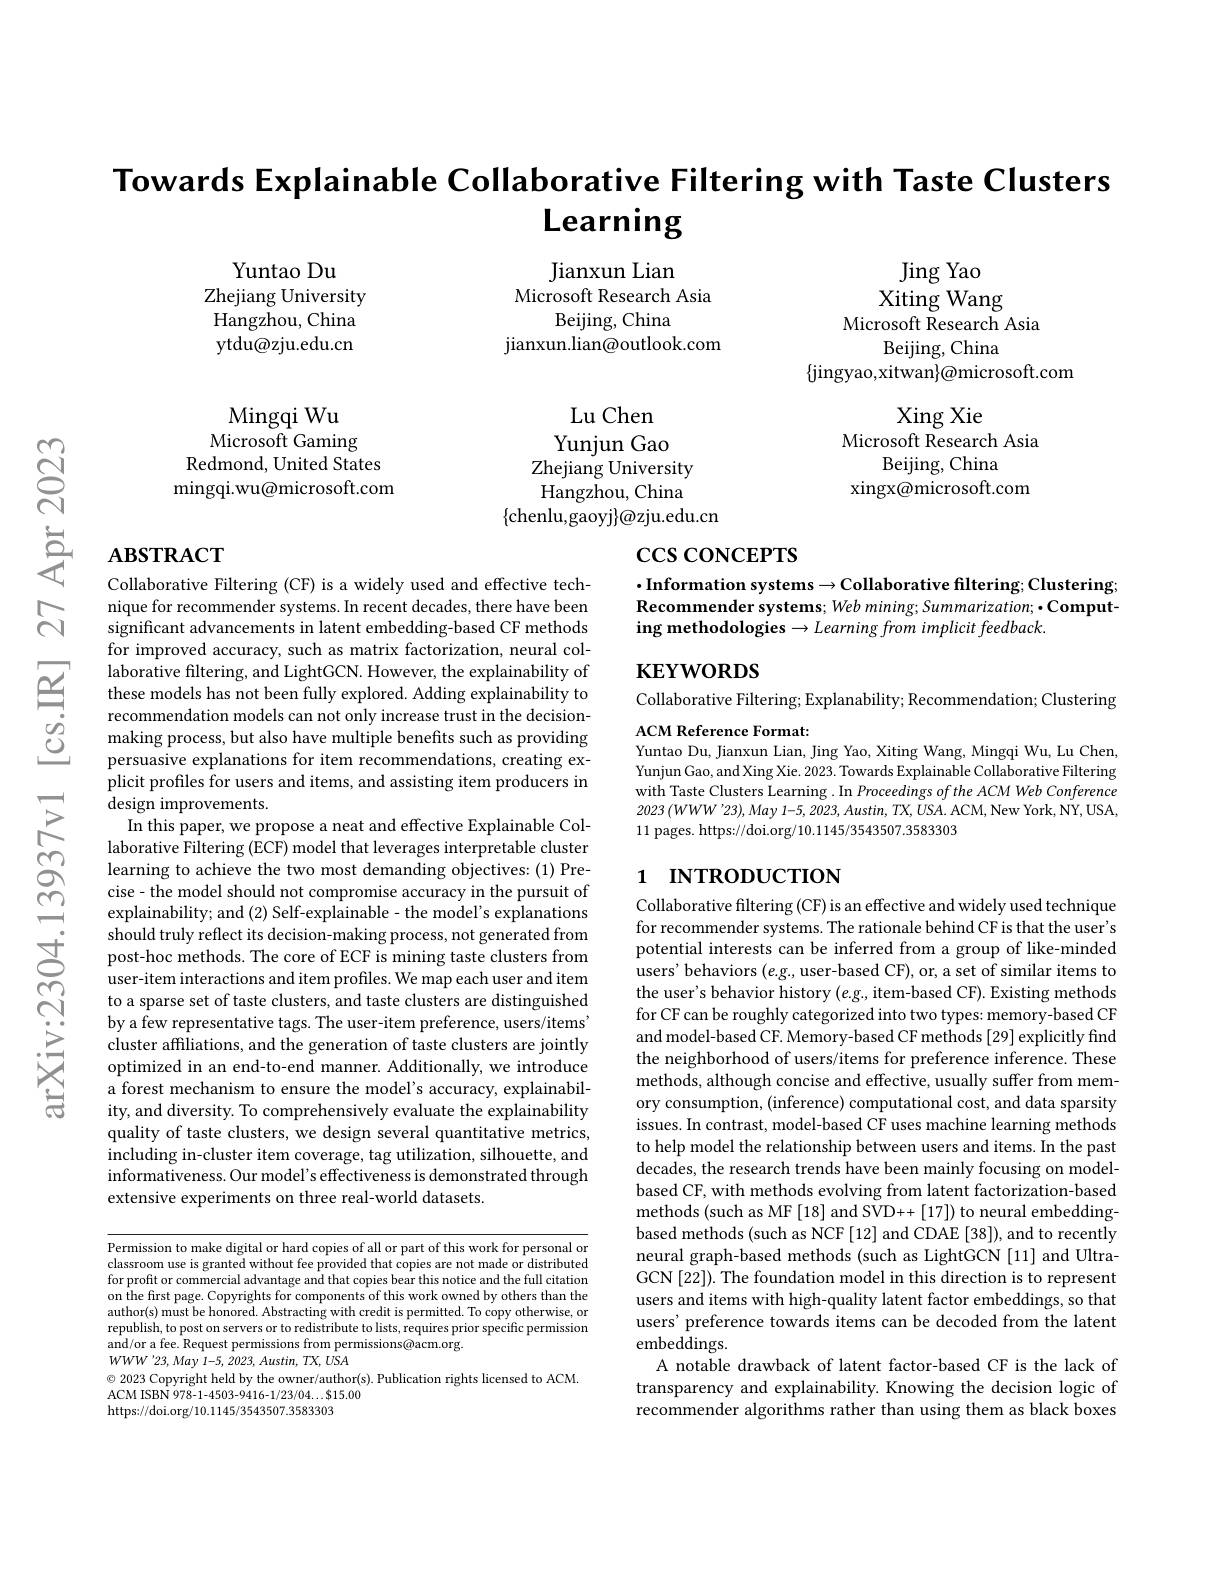
$ଟ୍ରି$

Towards Explainable Collaborative Filtering with Taste Clusters
# Learning

Jianxun Lian
Microsoft Research Asia
Beijing, China
jianxun.lian@outlook.com

Yuntao Du
Zhejiang University Hangzhou, China ytdu@zju.edu.cn

Jing Yao
Xiting Wang
Microsoft Research Asia
Beijing, China
$\{$jingyao,xitwan$\}\textcircled{a}$microsoft.com

Xing Xie
Microsoft Research Asia
Beijing, China
xingx@microsoft.com

Mingqi Wu
Microsoft Gaming
Redmond, United States mingqi.wu@microsoft.com

Lu Chen
Yunjun Gao
Zhejiang University Hangzhou, China
$\{$chenlu,gaoyj$\}@$zju.edu.cn

#

# $\csc\cos$coNCEPTS

$\cdot$Information systems$\to$Collaborative filtering; Clustering; Recommender systems; Web mining; Summarization; • Computing methodologies $\to Learning$ from implicit feedback.

KEYWORDS

Collaborative Filtering; Explanability; Recommendation; Clustering
ACM Reference Format:

Yuntao Du, Jianxun Lian, Jing Yao, Xiting Wang, Mingqi Wu, Lu Chen,

Yunjun Gao, and Xing Xie. 2023. Towards Explainable Collaborative Filtering with Taste Clusters Learning . In Proceedings of the ACM Web Conference $2023\left(WWW"23\right),May$ 1-5, 2023, Austin, TX, USA. ACM, New York, NY, USA, 11 pages. https://doi.org/10.1145/3543507.3583303

# 1 INTRODUCTION

Collaborative Filtering (CF) is a widely used and effective technique for recommender systems. In recent decades, there have been $\dot{\text{significant advancements in latent embedding-based CF methods}}$ for improved accuracy, such as matrix factorization, neural col- $\hat{\text{laborative filtering, and LightGCN. However, the explainability of}}$ these models has not been fully explored. Adding explainability to recommendation models can not only increase trust in the decisionmaking process, but also have multiple benefits such as providing persuasive explanations for item recommendations, creating explicit profiles for users and items, and assisting item producers in design improvements.
In this paper, we propose a neat and effective Explainable Collaborative Filtering (ECF) model that leverages interpretable cluster learning to achieve the two most demanding objectives: (1) Precise- the model should not compromise accuracy in the pursuit of explainability; and (2) Self-explainable- the model's explanations should truly reflect its decision-making process, not generated from post-hoc methods. The core of ECF is mining taste clusters from user-item interactions and item profiles. We map each user and item to a sparse set of taste clusters, and taste clusters are distinguished by a few representative tags. The user-item preference, users/items' cluster affiliations, and the generation of taste clusters are jointly optimized in an end-to-end manner. Additionally, we introduce a forest mechanism to ensure the model's accuracy, explainability, and diversity. To comprehensively evaluate the explainability quality of taste clusters, we design several quantitative metrics, including in-cluster item coverage, tag utilization, silhouette, and informativeness. Our model's effectiveness is demonstrated through extensive experiments on three real-world datasets.

Collaborative filtering (CF) is an effective and widely used technique for recommender systems. The rationale behind CF is that the user's potential interests can be inferred from a group of like-minded users' behaviors $(e.g.$, user-based CF), or, a set of similar items to the user's behavior history $(e.g.$, item-based CF). Existing methods for CF can be roughly categorized into two types: memory-based CF and model-based CF. Memory-based CF methods [29] explicitly find the neighborhood of users/items for preference inference. These methods, although concise and effective, usually suffer from memory consumption, (inference) computational cost, and data sparsity issues. In contrast, model-based CF uses machine learning methods to help model the relationship between users and items. In the past decades, the research trends have been mainly focusing on modelbased CF, with methods evolving from latent factorization-based methods (such as MF[18] and SVD++[17]) to neural embeddingbased methods (such as NCF [12] and CDAE [38]), and to recently neural graph-based methods (such as LightGCN [11] and UltraGCN[22]). The foundation model in this direction is to represent users and items with high-quality latent factor embeddings, so that users' preference towards items can be decoded from the latent embeddings.
A notable drawback of latent factor-based CF is the lack of transparency and explainability. Knowing the decision logic of recommender algorithms rather than using them as black boxes

Permission to make digital or hard copies of all or part of this work for personal or classroom use is granted without fee provided that copies are not made or distributed for profit or commercial advantage and that copies bear this notice and the full citation on the first page. Copyrights for components of this work owned by others than the author(s) must be honored. Abstracting with credit is permitted. To copy otherwise, or republish, to post on servers or to redistribute to lists, requires prior specific permission and/or a fee. Request permissions from permissions@acm.org.
$WWW^{\prime}23,May$ 1-5, 2023, Austin, TX, USA
$\odot$ 2023 Copyright held by the owner/author(s). Publication rights licensed to ACM.
ACM ISBN 978-1-4503-9416-1/23/04...$15.00
https://doi.org/10.1145/3543507.3583303